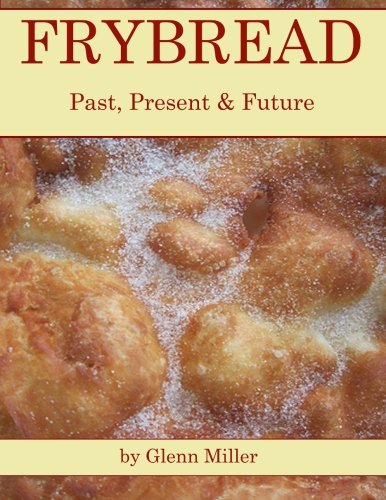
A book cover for Frybread: Past, Present & Future; Glenn Miller; Cookbooks, Food & Wine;